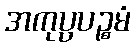
အကုပ္ပပဉ္စမံ